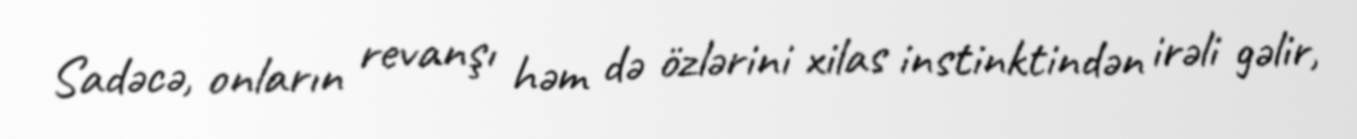
Sadəcə, onların revanşı həm də özlərini xilas instinktindən irəli gəlir,